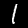
Digit: 1